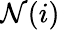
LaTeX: \mathcal{N}(i)